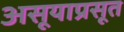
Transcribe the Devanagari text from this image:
असूयाप्रसूत